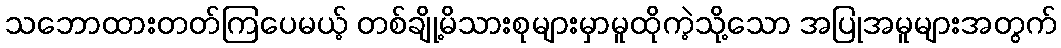
သဘောထားတတ်ကြပေမယ့် တစ်ချို့မိသားစုများမှာမူထိုကဲ့သို့သော အပြုအမူများအတွက်